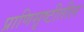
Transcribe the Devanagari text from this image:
प्राणिसृष्टीतील